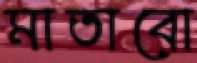
মাতাবো